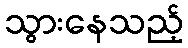
သွားနေသည့်